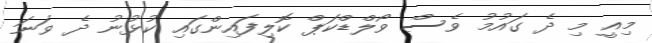
މިއީ މި ދެ ގައުމު ވެސް ވޯލްޑްކަޕް ކޮލިފައިންގައި ކުޅުނު ދެ ވަނަ